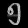
Digit: ၅